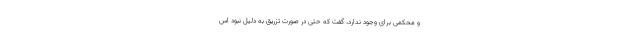
و محکمی برای وجود ندارد، گفت که حتی در صورت تزریق به دلیل نبود اس